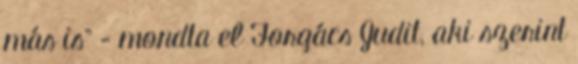
más is” – mondta el Forgács Judit, aki szerint